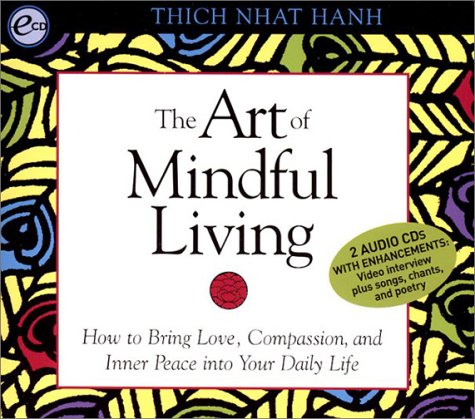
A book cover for The Art of Mindful Living: How to Bring Love, Compassion, and Inner Peace into Your Daily Life; Thich Nhat Hanh; Religion & Spirituality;